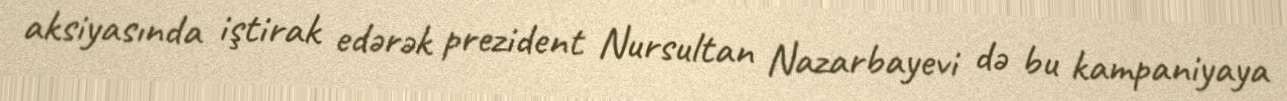
aksiyasında iştirak edərək prezident Nursultan Nazarbayevi də bu kampaniyaya